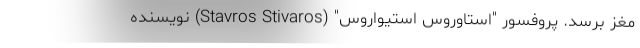
مغز برسد. پروفسور "استاوروس استیواروس" (Stavros Stivaros) نویسنده